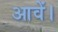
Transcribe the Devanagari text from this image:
आवें।